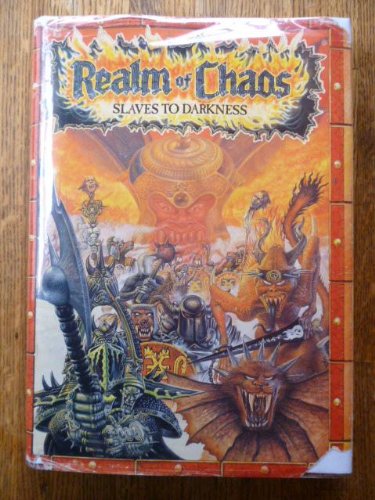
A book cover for Realm of Chaos Slaves to Darkness (Warhammer Fantasy Battle); Jervis Johnson; Science Fiction & Fantasy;